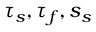
\tau _ { s } , \tau _ { f } , s _ { s }